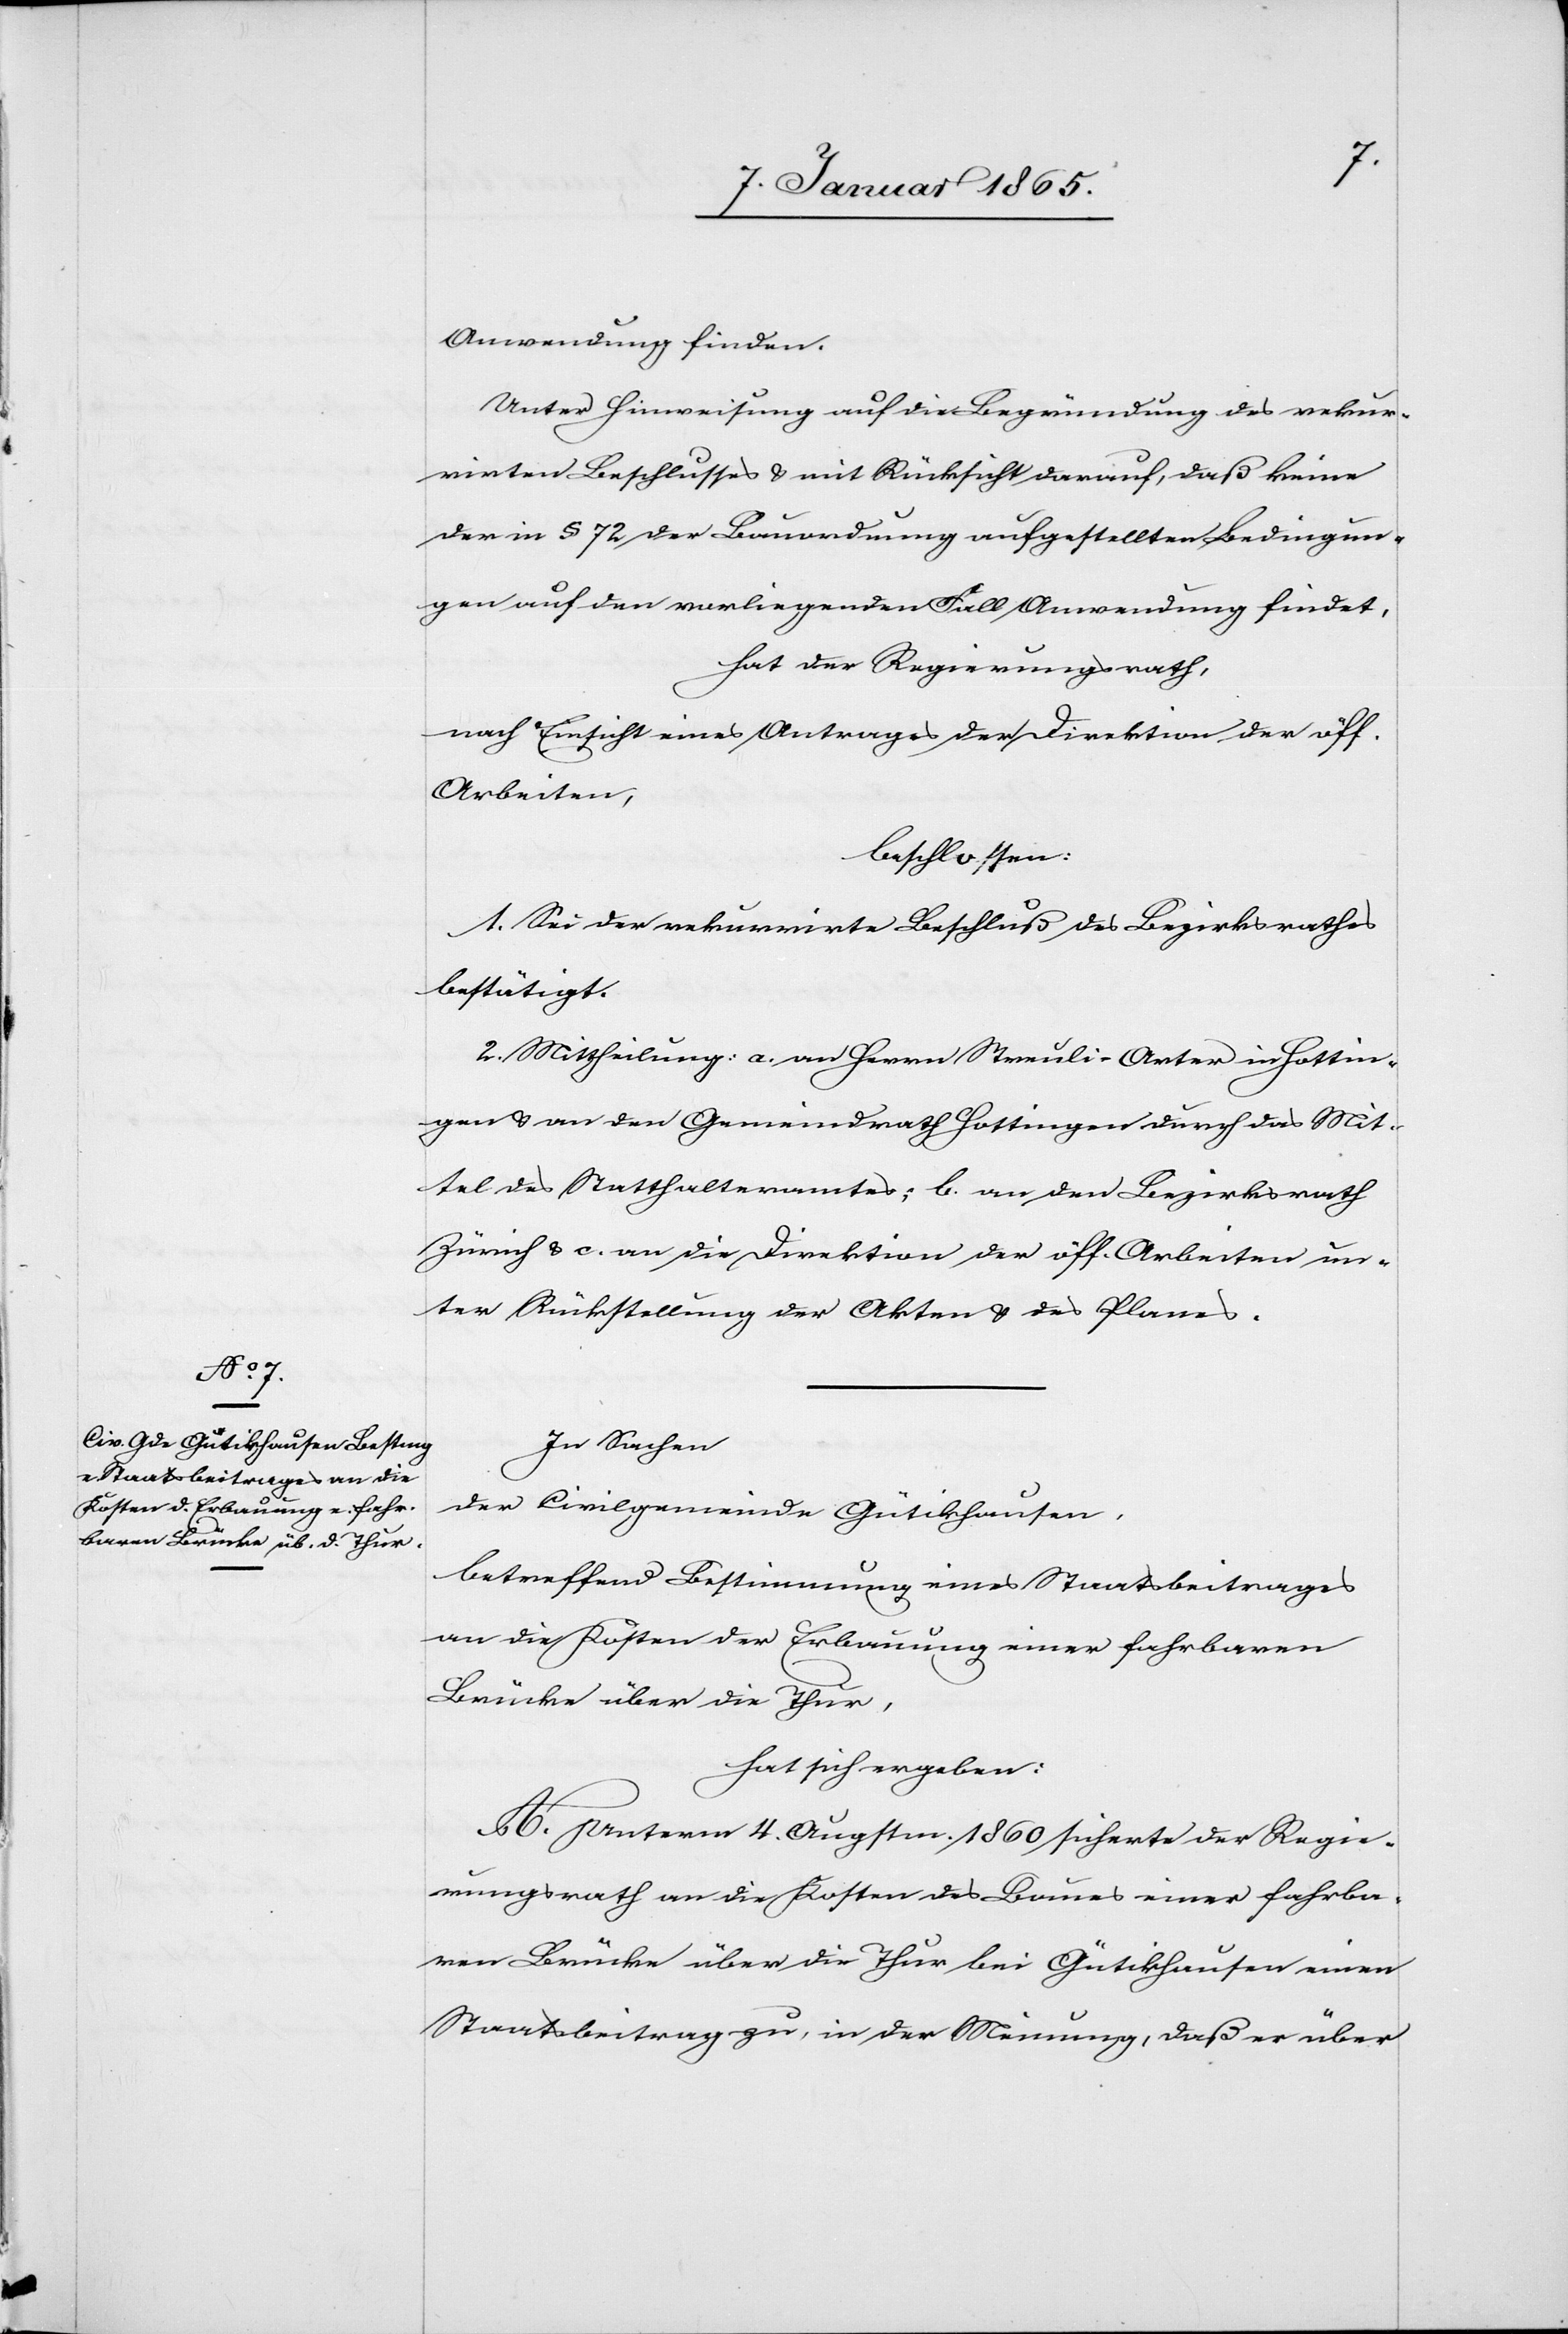
Anwendung finden.
Unter Hinweisung auf die Begründung des rekur¬
rirten Beschlusses & mit Rücksicht darauf, daß keine
der in § 72 der Bauordnung aufgestellten Bedingun¬
gen auf den vorliegenden Fall Anwendung findet,
hat der Regierungsrath,
nach Einsicht eines Antrages der Direktion der öff.
Arbeiten,
beschlossen:
1. Sei der rekurrirte Beschluß des Bezirksrathes
bestätigt.
2. Mittheilung: a. an Herrn Streuli-Arter in Hottin¬
gen u. an den Gemeindrath Hottingen durch das Mit¬
tel des Statthalteramtes; b. an den Bezirksrath
Zürich u. c. an die Direktion der öff. Arbeiten un¬
ter Rückstellung der Akten u. des Planes.
In Sachen
der Civilgemeinde Gütikhausen,
betreffend Bestimmung eines Staatsbeitrages
an die Kosten der Erbauung einer fahrbaren
Brücke über die Thur,
hat sich ergeben:
A. Unterm 4. Augstm. 1860 sicherte der Regie¬
rungsrath an die Kosten des Baues einer fahrba¬
ren Brücke über die Thur bei Gütikhausen einen
Staatsbeitrag zu, in der Meinung, daß er über